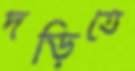
দড়িতে